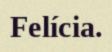
Felícia.